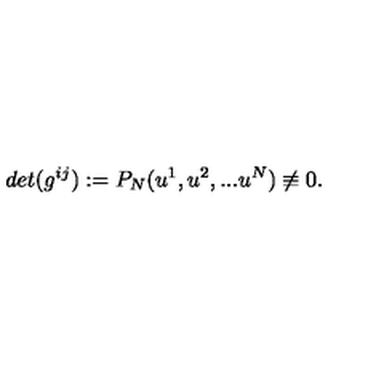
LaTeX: d e t ( g ^ { i j } ) : = P _ { N } ( u ^ { 1 } , u ^ { 2 } , . . . u ^ { N } ) \not \equiv 0 .